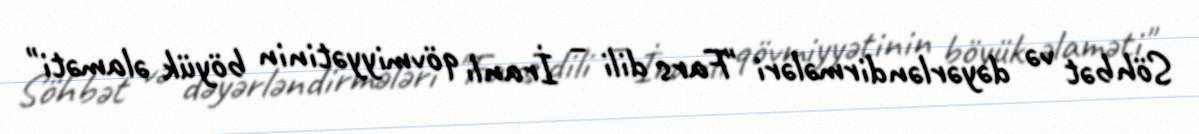
Söhbət və dəyərləndirmələri "Fars dili – İranlı qövmiyyətinin böyük əlaməti"